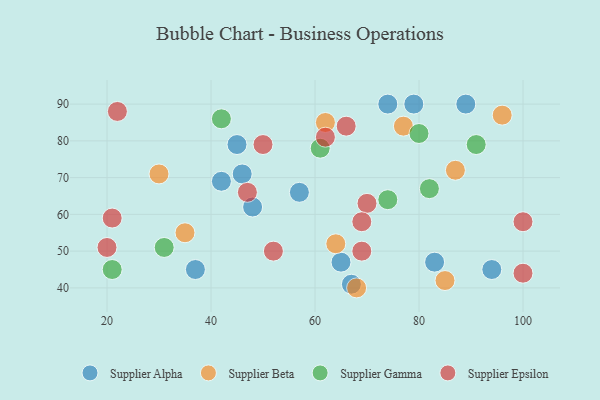
{"axis": {"x": "GDP", "y": "Life Expectancy"}, "legend": ["Supplier Alpha", "Supplier Beta", "Supplier Epsilon", "Supplier Gamma"], "data": [{"x": "42", "y": 69, "type": "Supplier Alpha"}, {"x": "67", "y": 41, "type": "Supplier Alpha"}, {"x": "37", "y": 45, "type": "Supplier Alpha"}, {"x": "57", "y": 66, "type": "Supplier Alpha"}, {"x": "65", "y": 47, "type": "Supplier Alpha"}, {"x": "83", "y": 47, "type": "Supplier Alpha"}, {"x": "74", "y": 90, "type": "Supplier Alpha"}, {"x": "89", "y": 90, "type": "Supplier Alpha"}, {"x": "46", "y": 71, "type": "Supplier Alpha"}, {"x": "45", "y": 79, "type": "Supplier Alpha"}, {"x": "79", "y": 90, "type": "Supplier Alpha"}, {"x": "48", "y": 62, "type": "Supplier Alpha"}, {"x": "94", "y": 45, "type": "Supplier Alpha"}, {"x": "96", "y": 87, "type": "Supplier Beta"}, {"x": "68", "y": 40, "type": "Supplier Beta"}, {"x": "85", "y": 42, "type": "Supplier Beta"}, {"x": "35", "y": 55, "type": "Supplier Beta"}, {"x": "77", "y": 84, "type": "Supplier Beta"}, {"x": "30", "y": 71, "type": "Supplier Beta"}, {"x": "62", "y": 85, "type": "Supplier Beta"}, {"x": "87", "y": 72, "type": "Supplier Beta"}, {"x": "64", "y": 52, "type": "Supplier Beta"}, {"x": "42", "y": 86, "type": "Supplier Gamma"}, {"x": "74", "y": 64, "type": "Supplier Gamma"}, {"x": "91", "y": 79, "type": "Supplier Gamma"}, {"x": "31", "y": 51, "type": "Supplier Gamma"}, {"x": "61", "y": 78, "type": "Supplier Gamma"}, {"x": "21", "y": 45, "type": "Supplier Gamma"}, {"x": "80", "y": 82, "type": "Supplier Gamma"}, {"x": "82", "y": 67, "type": "Supplier Gamma"}, {"x": "70", "y": 63, "type": "Supplier Epsilon"}, {"x": "52", "y": 50, "type": "Supplier Epsilon"}, {"x": "69", "y": 58, "type": "Supplier Epsilon"}, {"x": "66", "y": 84, "type": "Supplier Epsilon"}, {"x": "50", "y": 79, "type": "Supplier Epsilon"}, {"x": "100", "y": 58, "type": "Supplier Epsilon"}, {"x": "100", "y": 44, "type": "Supplier Epsilon"}, {"x": "21", "y": 59, "type": "Supplier Epsilon"}, {"x": "62", "y": 81, "type": "Supplier Epsilon"}, {"x": "22", "y": 88, "type": "Supplier Epsilon"}, {"x": "20", "y": 51, "type": "Supplier Epsilon"}, {"x": "47", "y": 66, "type": "Supplier Epsilon"}, {"x": "69", "y": 50, "type": "Supplier Epsilon"}]}